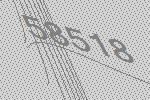
58518